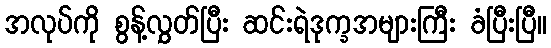
အလုပ်ကို စွန့်လွှတ်ပြီး ဆင်းရဲဒုက္ခအများကြီး ခံပြီးပြီ။